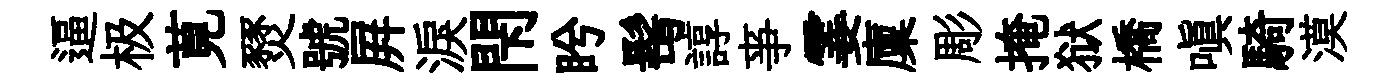
逼极莧燹號屛淚閇盻髩諄亊霎廩彫掩狱橋嗔騎漠